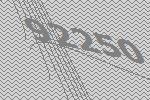
92250